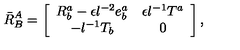
\bar { R } _ { B } ^ { A } = \left[ \begin{array} { c c } { R _ { b } ^ { a } - \epsilon l ^ { - 2 } e _ { b } ^ { a } } & { \epsilon l ^ { - 1 } T ^ { a } } \\ { - l ^ { - 1 } T _ { b } } & { 0 } \\ \end{array} \right] ,